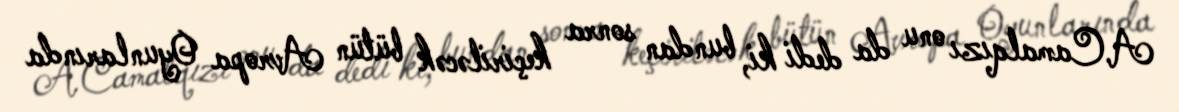
A.Camalqızı onu da dedi ki, bundan sonra keçiriləcək bütün Avropa Oyunlarında